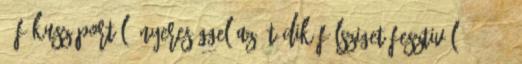
↑ Fókusz Portál: Nyereséggel az ötödik Félsziget Fesztivál. 2007.